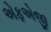
એફએજી